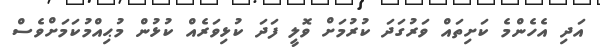
އަދި އެހެންމެ ކަށިތައް ވަރުގަދަ ކުރުމަށް ވޮލީ ފަދަ ކުޅިވަރެއް ކުޅުން މުޙިއްމުކަމަށްވެސް